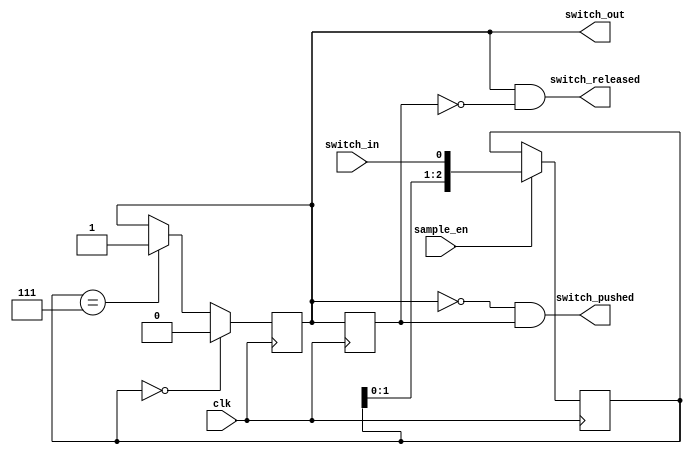
//////////////////////////////////////////////////////////////////////
//
// external switch debounced and synchronizer.
// active low when pushed.
//
// instantiation example:
//
// WF_switch_debounce switch_debounce_inst (
//    .clk(clk),              // main clock
//    .sample_en(ten_ms),     // pulse when to sample
//    .switch_in(WF_BUTTON),  // async switch input
//    .switch_out(),          // sync switch out, debounced 
//    .switch_pushed(switch_pushed),    // pulse when switch is pushed
//    .switch_released()                // pulse when switch is released
//   );
//
   module WF_switch_debounce (
     input  wire clk,              // main clock
     input  wire sample_en,        // pulse when to sample, something like 10ms or so
     input  wire switch_in,        // async switch input
     output reg  switch_out,       // sync switch out, debounced
     output wire switch_pushed,    // pulse when switch is pushed
     output wire switch_released   // pulse when switch is released
     );


     reg  [2:0] switch;    // use a shift reigter to debounce, fastest and least logic
     reg        switch_out_d;
//
     always @ (posedge clk)
       begin
         if ( sample_en)
           switch <= { switch[1:0],switch_in };

         if (switch == 3'b000)
           switch_out <= 1'b0;
         else if (switch == 3'b111)
           switch_out <= 1'b1;
     
         switch_out_d <= switch_out;
       end

     assign switch_pushed   = ~switch_out &&  switch_out_d;
     assign switch_released =  switch_out && ~switch_out_d;

   endmodule